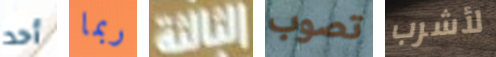
أحد ربما الثالثة تصوب لأشرب